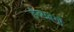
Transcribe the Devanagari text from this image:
हैब्सबर्गों